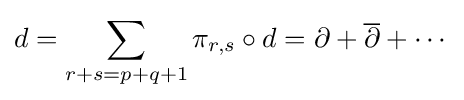
d=\sum _{r+s=p+q+1}\pi _{r,s}\circ d=\partial +{\overline {\partial }}+\cdots